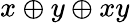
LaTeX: x\oplus y\oplus xy